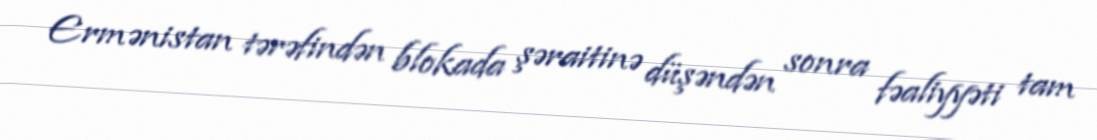
Ermənistan tərəfindən blokada şəraitinə düşəndən sonra fəaliyyəti tam